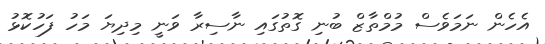
އެހެން ނަމަވެސް މުމްތާޒް ބުނި ގޮތުގައި ނާސިރާ ވަނީ މިދިޔަ މަހު ފަހުކޮޅު